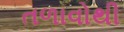
તળાવોથી